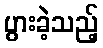
ပွားခဲ့သည့်